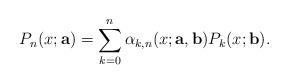
LaTeX: \begin{align*}P_n(x;{\bf a})=\sum_{k=0}^n \alpha_{k,n}(x;{\bf a},{\bf b}) P_k(x;{\bf b}).\end{align*}